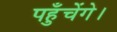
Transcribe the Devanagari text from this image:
पहुँचेंगे।